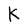
Character: K